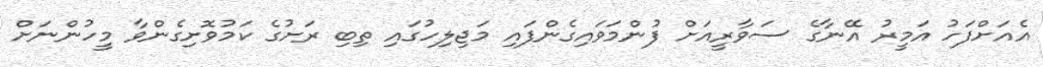
އެއަށްފަހު އަމީރު އޭނާގެ ސަވާރީއަށް ފުންމަވައިގެންފައި މަޖިލިހުގައި ތިބި ރަށުގެ ކަމުވޮށިގެންވާ މީހުންނަށް